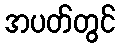
အပတ်တွင်